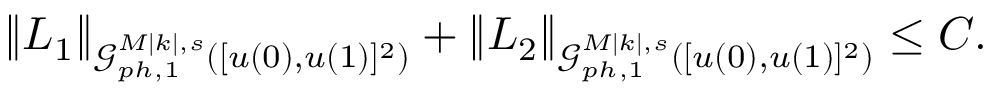
\begin{array} { r } { \| L _ { 1 } \| _ { \mathcal { G } _ { p h , 1 } ^ { M | k | , s } ( [ u ( 0 ) , u ( 1 ) ] ^ { 2 } ) } + \| L _ { 2 } \| _ { \mathcal { G } _ { p h , 1 } ^ { M | k | , s } ( [ u ( 0 ) , u ( 1 ) ] ^ { 2 } ) } \leq C . } \end{array}